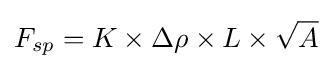
F_{sp}=K\times \Delta \rho \times L\times {\sqrt {A}}